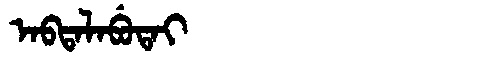
Manchu: ᠠᠪᡨᠠᠯᠠᠪᡠᡨᠠᡳ
Romanization: ABTALABUTAI